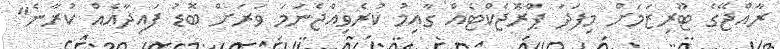
ރާއްޖޭގެ ޓޫރިޒަމަށް މިފަދަ ޕްރޮޖެކްޓެއް ގާއިމު ކުރެވިއްޖެނަމަ ވަރަށް ބޮޑު ފައިދާއެއް ކުރާނެ"